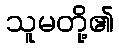
သူမတို့၏